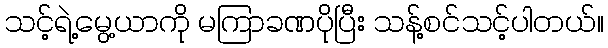
သင့်ရဲ့မွေ့ယာကို မကြာခဏပိုပြီး သန့်စင်သင့်ပါတယ်။